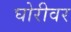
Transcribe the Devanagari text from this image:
घोरीवर